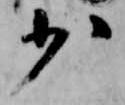
少